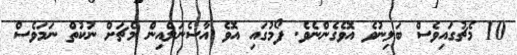
10 މެޗުގައިވެސް ބަލިނުވެ އޮވެގެންނެވެ. ފޯމުގައި އޮވެ އާސެނަލްއިން މެޗަށް ނުކުތް ނަމަވެސް